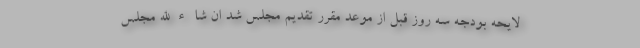
لایحه بودجه سه روز قبل از موعد مقرر تقدیم مجلس شد ان شاءالله مجلس